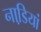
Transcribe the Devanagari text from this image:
नाडि़यां